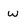
Character: w